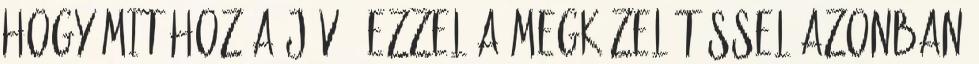
hogy mit hoz a jövő. Ezzel a megközelítéssel azonban